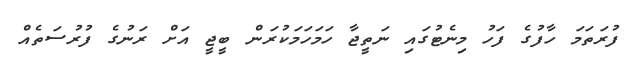
ފުރަތަމަ ހާފުގެ ފަހު މިނެޓުގައި ނަތީޖާ ހަމަހަމަކުރަން ބީޖީ އަށް ރަނުގެ ފުރުސަތެއް